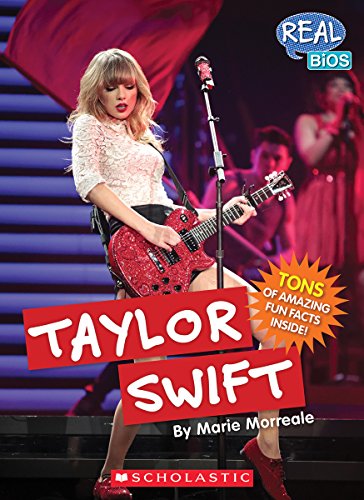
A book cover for Taylor Swift (Real Bios); Marie Morreale; Children's Books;